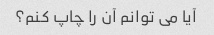
آیا می توانم آن را چاپ کنم؟